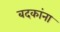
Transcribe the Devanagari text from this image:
बदकांना